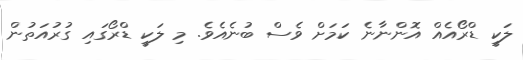
ލަކީ ޑްރޯއެއް އޮންނާނެ ކަމަށް ވެސް ބުނެއެވެ. މި ލަކީ ޑްރޯގައި ގުރުއަތުން